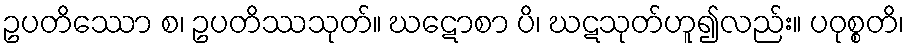
ဥပတိဿော စ၊ ဥပတိဿသုတ်။ ဃဋောစာ ပိ၊ ဃဋသုတ်ဟူ၍လည်း။ ပဝုစ္စတိ၊